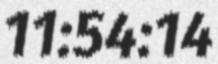
11:54:14